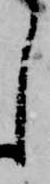
し